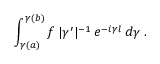
\int _ { \gamma ( a ) } ^ { \gamma ( b ) } f \: | \gamma ^ { \prime } | ^ { - 1 } \: e ^ { - i \gamma l } \: d \gamma \; .